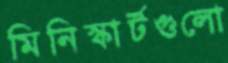
মিনিস্কার্টগুলো